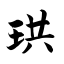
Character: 珙